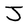
Character: J